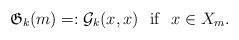
LaTeX: \begin{align*} \mathfrak{G}_k(m)=:\mathcal{G}_k(x,x)\,\,\,\,\mathrm{if}\,\,\,\,x\in X_m.\end{align*}